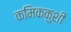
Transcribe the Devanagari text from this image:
कमिककुशी